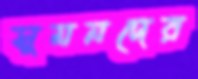
সুমনদের